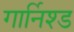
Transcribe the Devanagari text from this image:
गार्निश्ड